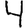
Digit: 4